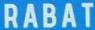
RABAT